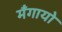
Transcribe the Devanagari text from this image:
मँगायो